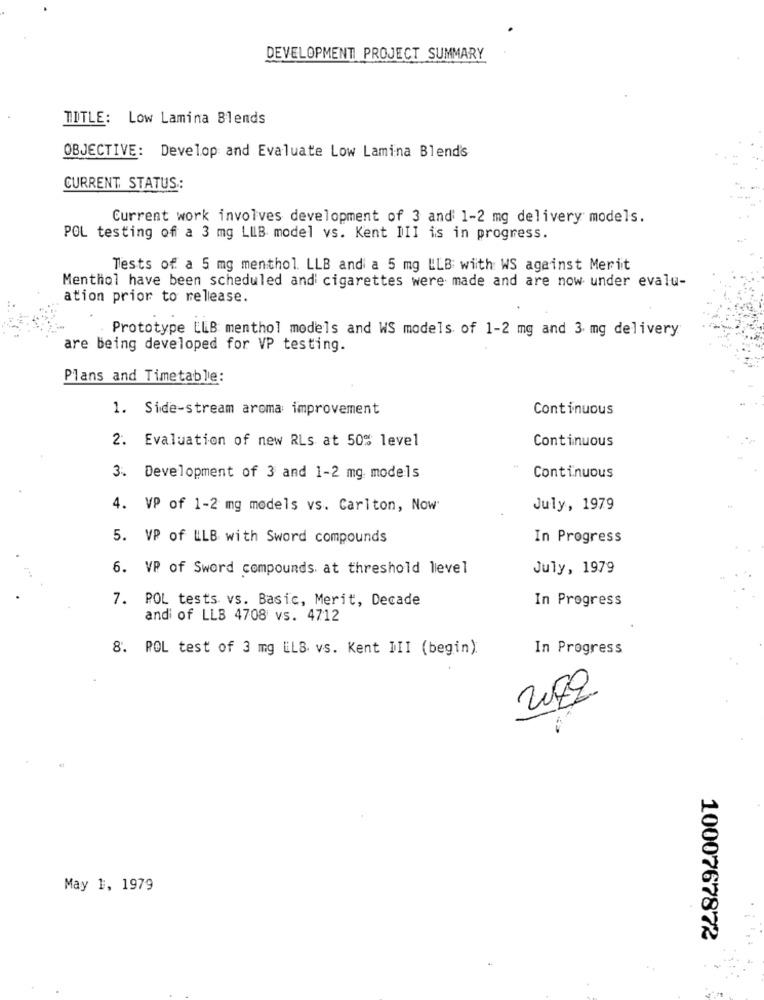
DEVELOPMENT PROJECT SUMMARY
TITLE: Low Lamina Blends
OBJECTIVE: Develop and Evaluate Low Lamina Blend's
CURRENT STATUS:
Current work involves development of 3 and 1-2 mg delivery models.
POL testing off a 3 mg LUB model vs. Kent DII is in progress.
Tests of a 5 mg menthol. LLB and a 5 mg LLB wiith WS against Merit
Menthol have been scheduled and cigarettes were made and are now under evalu-
ation prior to release.
Prototype ELB menthol models and WS models of 1-2 mg and 3 mg delivery
are being developed for VP testing.
Plans and Timetable:
1. Side-stream aroma improvement
Continuous
2. Evaluation of new RLs at 50% level
Continuous
3. Development of 3 and 1-2 mg. models
Continuous
4. VP of 1-2 mg models vs. Carlton, Now
July, 1979
5. VP of ULB with Sword compounds
In Progress
6. VP of Sword compounds at threshold level
July, 1979
7. POL tests vs. Basic, Merit, Decade
In Progress
and of LLB 4708 vs. 4712
8. POL test of 3 mg ELS. vs. Kent III (begin):
In Progress
2072
May 1, 1979
1000767872